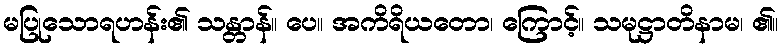
မပြုသောရဟန်း၏ သန္တာန်။ ပေ။ အကိရိယတော၊ ကြောင့်။ သမုဋ္ဌာတိနာမ၊ ၏။